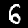
Label: 6